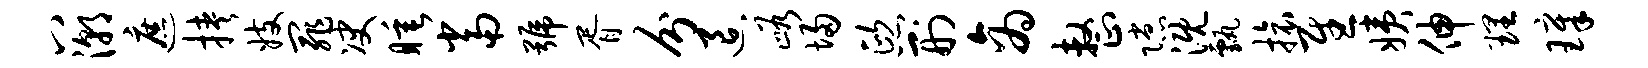
八潮遮挟妓罪决睡当号胥分退峪埽熙刑商整隙溉甄旅慰姨伸理璋